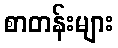
စာတန်းများ